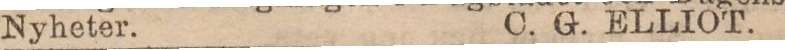
Nyheter. C. G. ELLIOT.